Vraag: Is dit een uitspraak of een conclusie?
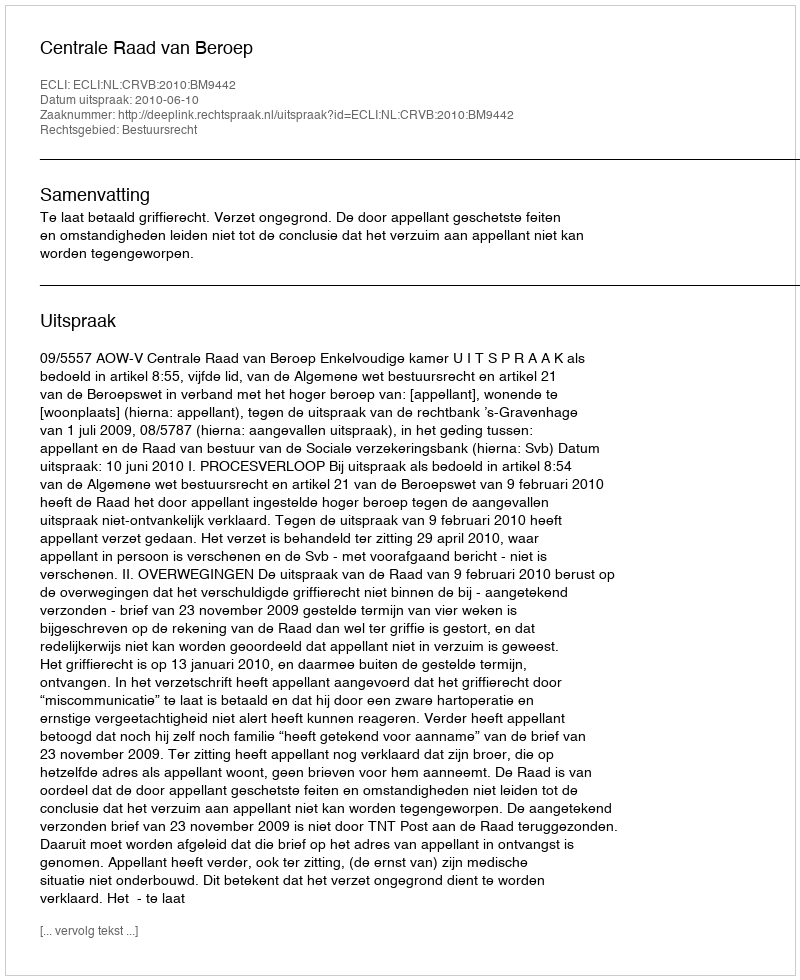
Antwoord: Uitspraak